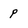
Character: p